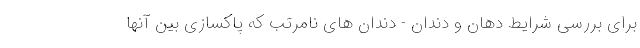
برای بررسی شرایط دهان و دندان - دندان های نامرتب که پاکسازی بین آنها